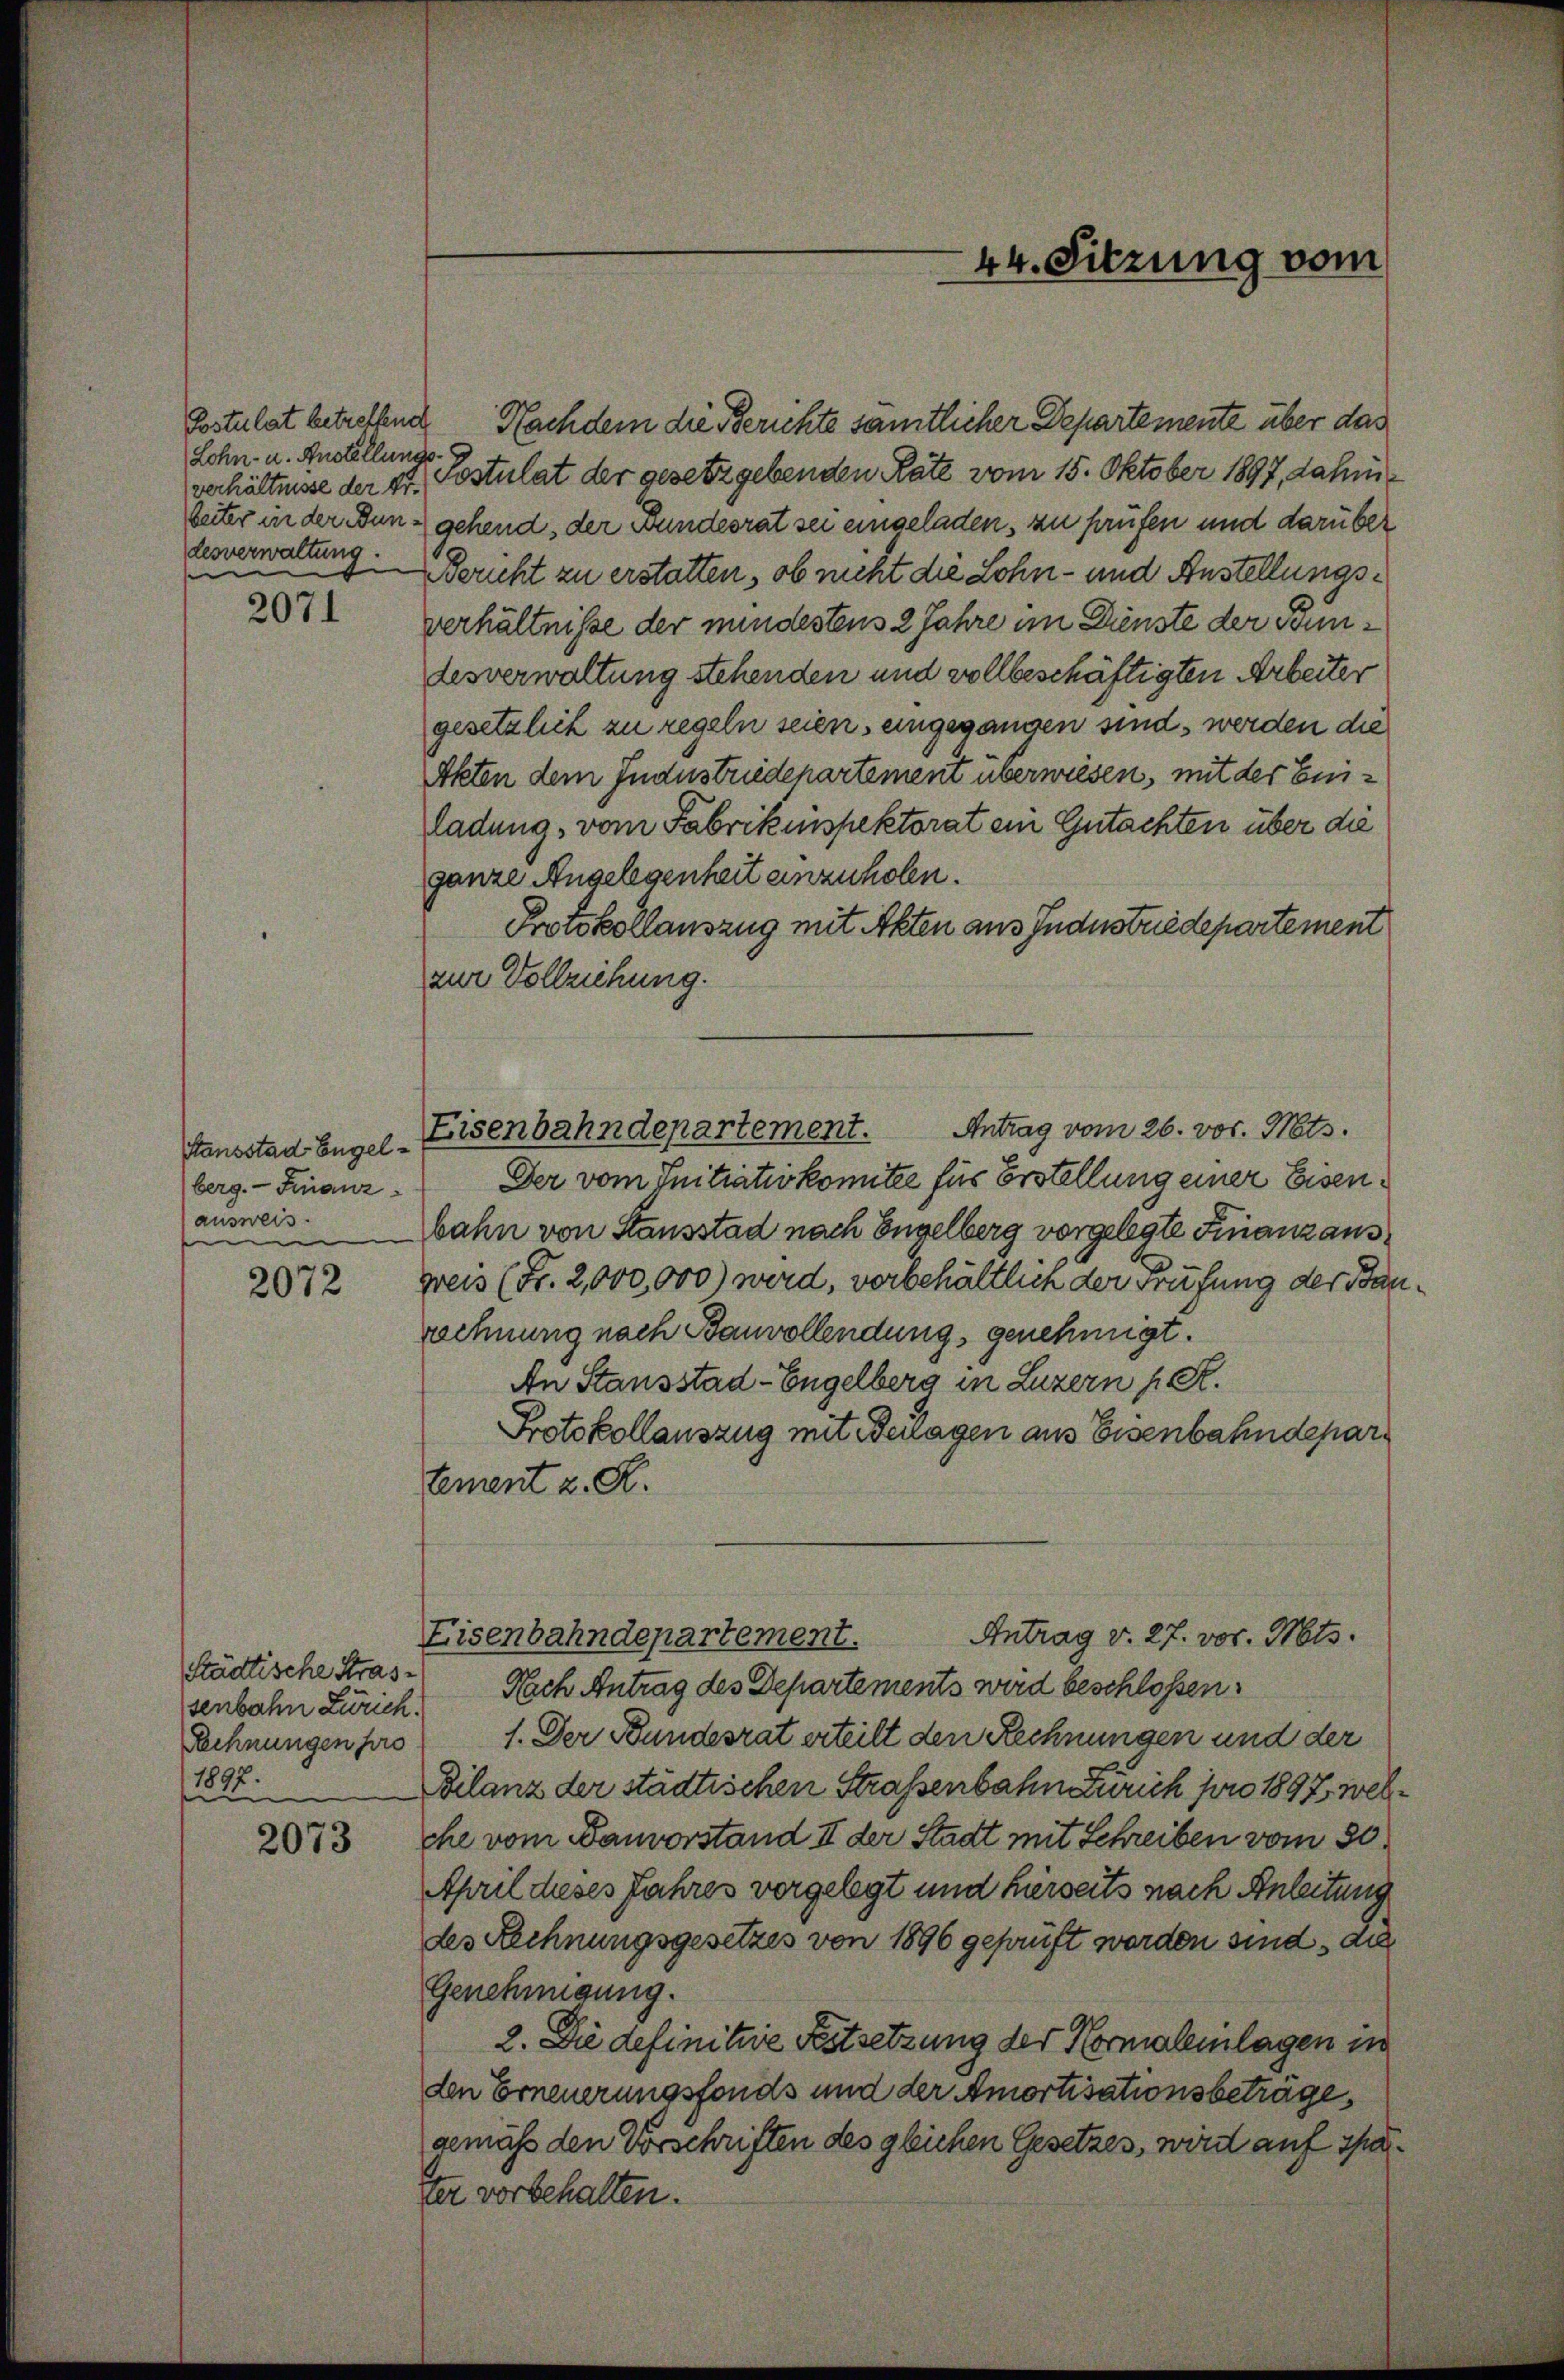
Postulat betreffend
Lohn- u. Anstellungs
Lesverwaltung.

2071

Stausstad Engelberg. Finanz-
ausweis.

2072

Städtische Strassenbahn Zürich.
Rechnungen pro
1897.
2

2073

Nachdem die Berichte sämtlicher Departemente über das
verhältnisse der St. Postulat der gesetzgebenden Rate vom 15. Oktober 1897, dahinbeiter in der Bund gehend, der Bundesrat sei eingeladen, zu prüfen und darüber
Bericht zu erstatten, ob nicht die Lohn- und Anstellungsverhältnisse der mindestens 2 Jahre im Dienste der Bundesverwaltung stehenden und vollbeschäftigten Arbeiter
gesetzlich zu regeln seien, eingegangen sind, werden die
Akten dem Industriedepartement überwiesen, mit der Eniladung, vom Fabrikinspektorat ein Gutachten über die
ganze Angelegenheit einzuholen.
Protokollauszug mit Akten aus Industriedepartement
zur Vollziehung.
Der vom Initiativkomitee für Erstellung einer Eisenbahn von Stausstad nach Engelberg vorgelegte Finanzauspreis (Fr. 2,000,000) wird, vorbehältlich der Prüfung der Ban
rechnung nach Bauvollendung, genehmigt.
An Stausstad-Engelberg in Luzern p. R.
Protokollauszug mit Benagen aus Eisenbahndepartement z. B.
Antrag v. 27. vor. Mts.
Eisenbahndepartement.
Nach Antrag des Departements wird beschlossen:
1. Der Bundesrat erteilt den Rechnungen und der
Bilanz der städtischen Straßenbahn Zürich pro 1897, welche vom Bauvorstand II der Stadt mit Schreiben vom 30.
April dieses Jahres vorgelegt und hierseits nach Anleitung
des Rechnungsgesetzes von 1896 geprüft werden sind, di
Genehmigung.
2. Die definitive Festsetzung der Normalenlagen in
den Erneuerungsfonds und der Amortisationsbeträge,
gemäß den Vorschriften des gleichen Gesetzes, wird auf später vorbehalten.

Antrag vom 26. vor. Mts.
Eisenbahndepartement.

44. Sitzung vom